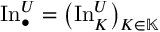
\operatorname { I n } _ { \bullet } ^ { U } = \left( \operatorname { I n } _ { K } ^ { U } \right) _ { K \in \mathbb { K } }